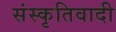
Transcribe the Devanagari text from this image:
संस्कृतिवादी